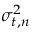
\sigma _ { t , n } ^ { 2 }